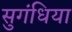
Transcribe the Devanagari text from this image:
सुगंधिया